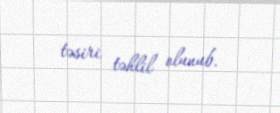
təsiri təhlil olunub.